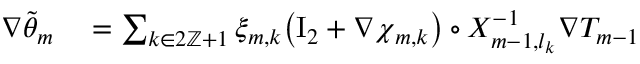
\begin{array} { r l } { \nabla \tilde { \theta } _ { m } } & { { } = \sum _ { k \in 2 \ensuremath { \mathbb { Z } } + 1 } \xi _ { m , k } \bigl ( \ensuremath { \mathrm { I } _ { 2 } } + \nabla { \boldsymbol { \chi } } _ { m , k } \bigr ) \circ X _ { m - 1 , l _ { k } } ^ { - 1 } \nabla T _ { m - 1 } } \end{array}